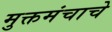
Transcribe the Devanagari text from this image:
मुक्तमंचाचे